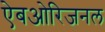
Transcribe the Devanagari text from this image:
ऐबओरिजनल